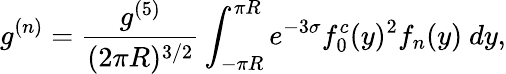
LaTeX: g^{(n)}=\frac{g^{(5)}}{(2\pi R)^{3/2}}\int_{-\pi R}^{\pi R}e^{-3\sigma}f_{0}^{c}(y)^{2}f_{n}(y)~dy,